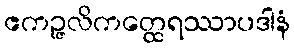
ဧကဉ္ဇလိကတ္ထေရဿာပဒါနံ